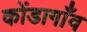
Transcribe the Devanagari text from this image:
कोंडागाँव